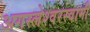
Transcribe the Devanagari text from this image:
अगस्‍लेश्‍वरस्‍वामी